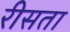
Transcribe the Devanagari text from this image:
रीसता